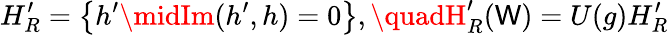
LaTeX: H_{R}^{\prime}=\left\{ h^{\prime}\midIm(h^{\prime},h)=0\right\} ,\quadH_{R}^{\prime}(\mathsf{W})=U(g)H_{R}^{\prime}